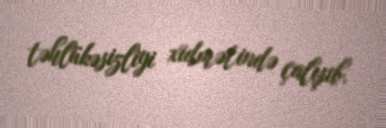
təhlükəsizliyi xidmətində çalışıb.